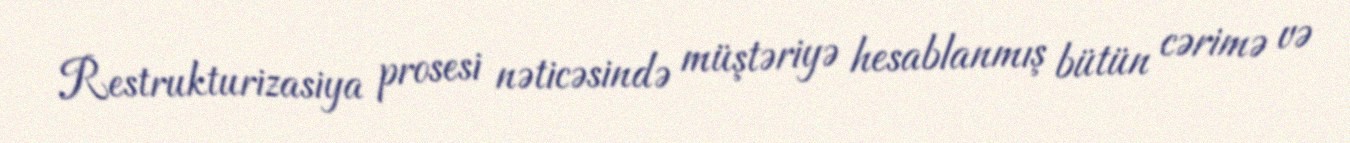
Restrukturizasiya prosesi nəticəsində müştəriyə hesablanmış bütün cərimə və